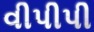
વીપીપી